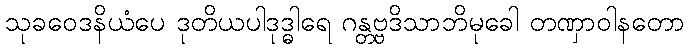
သုခဝေဒနိယံပေ ဒုတိယပါဒုဒ္ဓါရေ ဂန္တဗ္ဗဒိသာဘိမုခေါ တဏှာဝါနတော